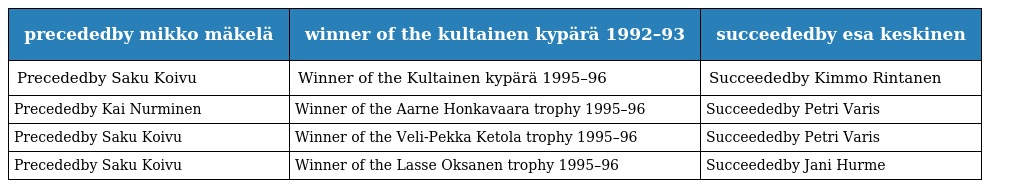
| precededby mikko mäkelä | winner of the kultainen kypärä 1992–93 | succeededby esa keskinen |
 | --- | --- | --- |
 | Precededby Saku Koivu | Winner of the Kultainen kypärä 1995–96 | Succeededby Kimmo Rintanen |
 | Precededby Kai Nurminen | Winner of the Aarne Honkavaara trophy 1995–96 | Succeededby Petri Varis |
 | Precededby Saku Koivu | Winner of the Veli-Pekka Ketola trophy 1995–96 | Succeededby Petri Varis |
 | Precededby Saku Koivu | Winner of the Lasse Oksanen trophy 1995–96 | Succeededby Jani Hurme |